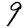
Digit: 9